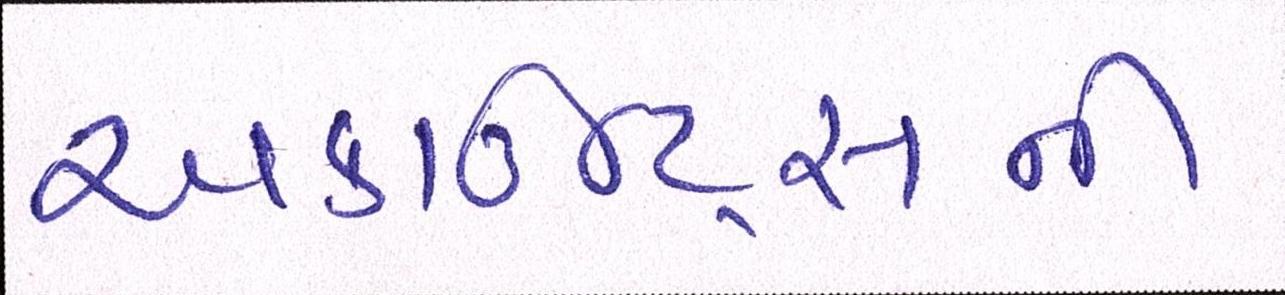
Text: અકાઉન્ટ્સની